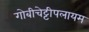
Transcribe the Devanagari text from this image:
गोबीचेट्टीपलायम